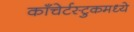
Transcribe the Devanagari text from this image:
काँचेर्टस्टुकमध्ये